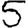
Digit: 5